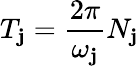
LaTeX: T_{\mathbf{j}}=\frac{{2\pi}}{{\omega_{\mathbf{j}}}}N_{\mathbf{j}}